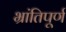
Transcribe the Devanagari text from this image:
भ्रांतिपूर्ण